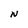
Character: N